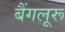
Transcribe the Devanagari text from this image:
बैंगलूरू